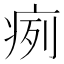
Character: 㾐